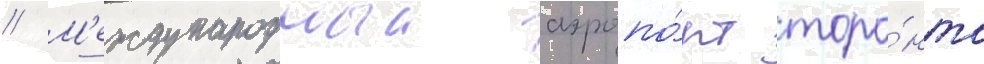
// М'еждународныи аэропо́рт торо́нто